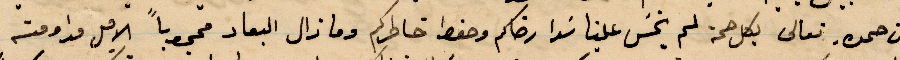
من حمل تعالى بكل صحة لم يخس علينا سوا رضاكم وحفظ خاطركم وما زال البعاد محجوبًا الامل مداومته